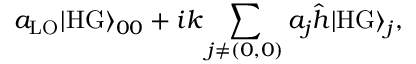
a _ { \mathrm { L O } } | \mathrm { H G } \rangle _ { 0 0 } + i k \sum _ { j \neq ( 0 , 0 ) } a _ { j } \hat { h } | \mathrm { H G } \rangle _ { j } ,